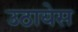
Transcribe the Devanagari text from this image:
उठायेस